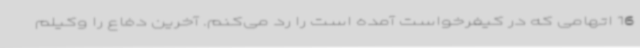
16 اتهامی که در کیفرخواست آمده است را رد می‌کنم. آخرین دفاع را وکیلم